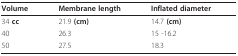
<table><thead><tr><td><b>Volume</b></td><td><b>Membrane length</b></td><td><b>Inflated diameter</b></td></tr></thead><tbody><tr><td>34 <b>cc</b></td><td>21.9 <b>(cm)</b></td><td>14.7 <b>(cm)</b></td></tr><tr><td>40</td><td>26.3</td><td>15 -16.2</td></tr><tr><td>50</td><td>27.5</td><td>18.3</td></tr></tbody></table>